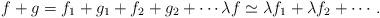
LaTeX: \begin{align*}f+g=f_1+g_1+f_2+g_2+\cdots \lambda f \simeq \lambda f_1+\lambda f_2 + \cdots. \end{align*}